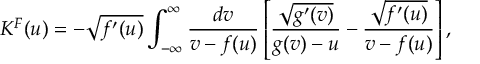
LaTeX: K ^ { F } ( u ) = - \sqrt { f ^ { \prime } ( u ) } \int _ { - \infty } ^ { \infty } \frac { d v } { v - f ( u ) } \left[ \frac { \sqrt { g ^ { \prime } ( v ) } } { g ( v ) - u } - \frac { \sqrt { f ^ { \prime } ( u ) } } { v - f ( u ) } \right] ,